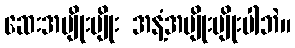
ဆေးအမျိုးမျိုး အနံ့အမျိုးမျိုးပါဘဲ။